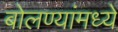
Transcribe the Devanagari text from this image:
बोलण्यांमध्ये